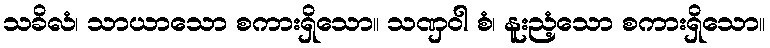
သခိလံ၊ သာယာသော စကားရှိသော။ သဏှဝါ စံ၊ နူးညံ့သော စကားရှိသော။